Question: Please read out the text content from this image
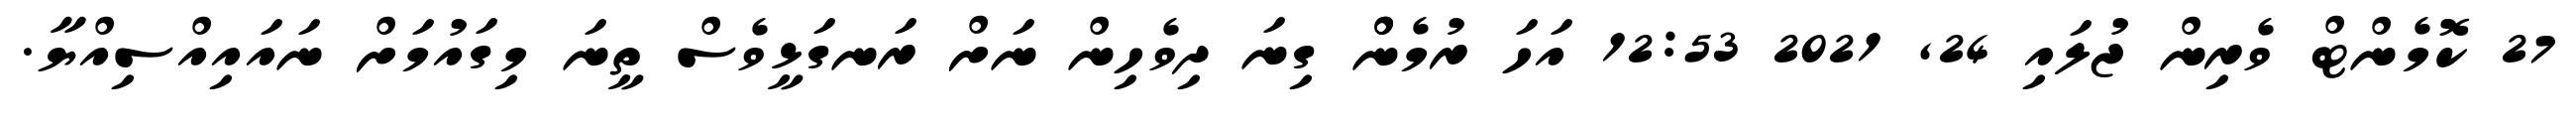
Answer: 27 ކޮމެންޓް ވެރިން ޖުލައި 24, 2021 12:53 އަހަ ރުމެންް ގިނަ ދިވެހިން ނަށް ރަނގަޅީވެސް ތީނަ މިގައުމަށް ނައައިއްސިއްޔާ.